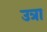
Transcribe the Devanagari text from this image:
उत्रा